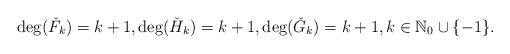
LaTeX: \begin{align*} \deg(\check{F}_k)=k+1, \deg(\check{H}_k)=k+1, \deg(\check{G}_k)=k+1, k\in\mathbb{N}_0\cup\{-1\}.\end{align*}